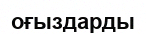
оғыздарды